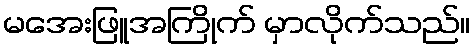
မအေးဖြူအကြိုက် မှာလိုက်သည်။